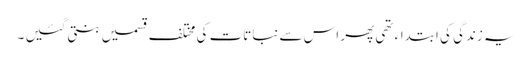
یہ زندگی کی ابتداء تھی پھر اس سے نباتات کی مختلف قسمیں بنتی گئیں ۔